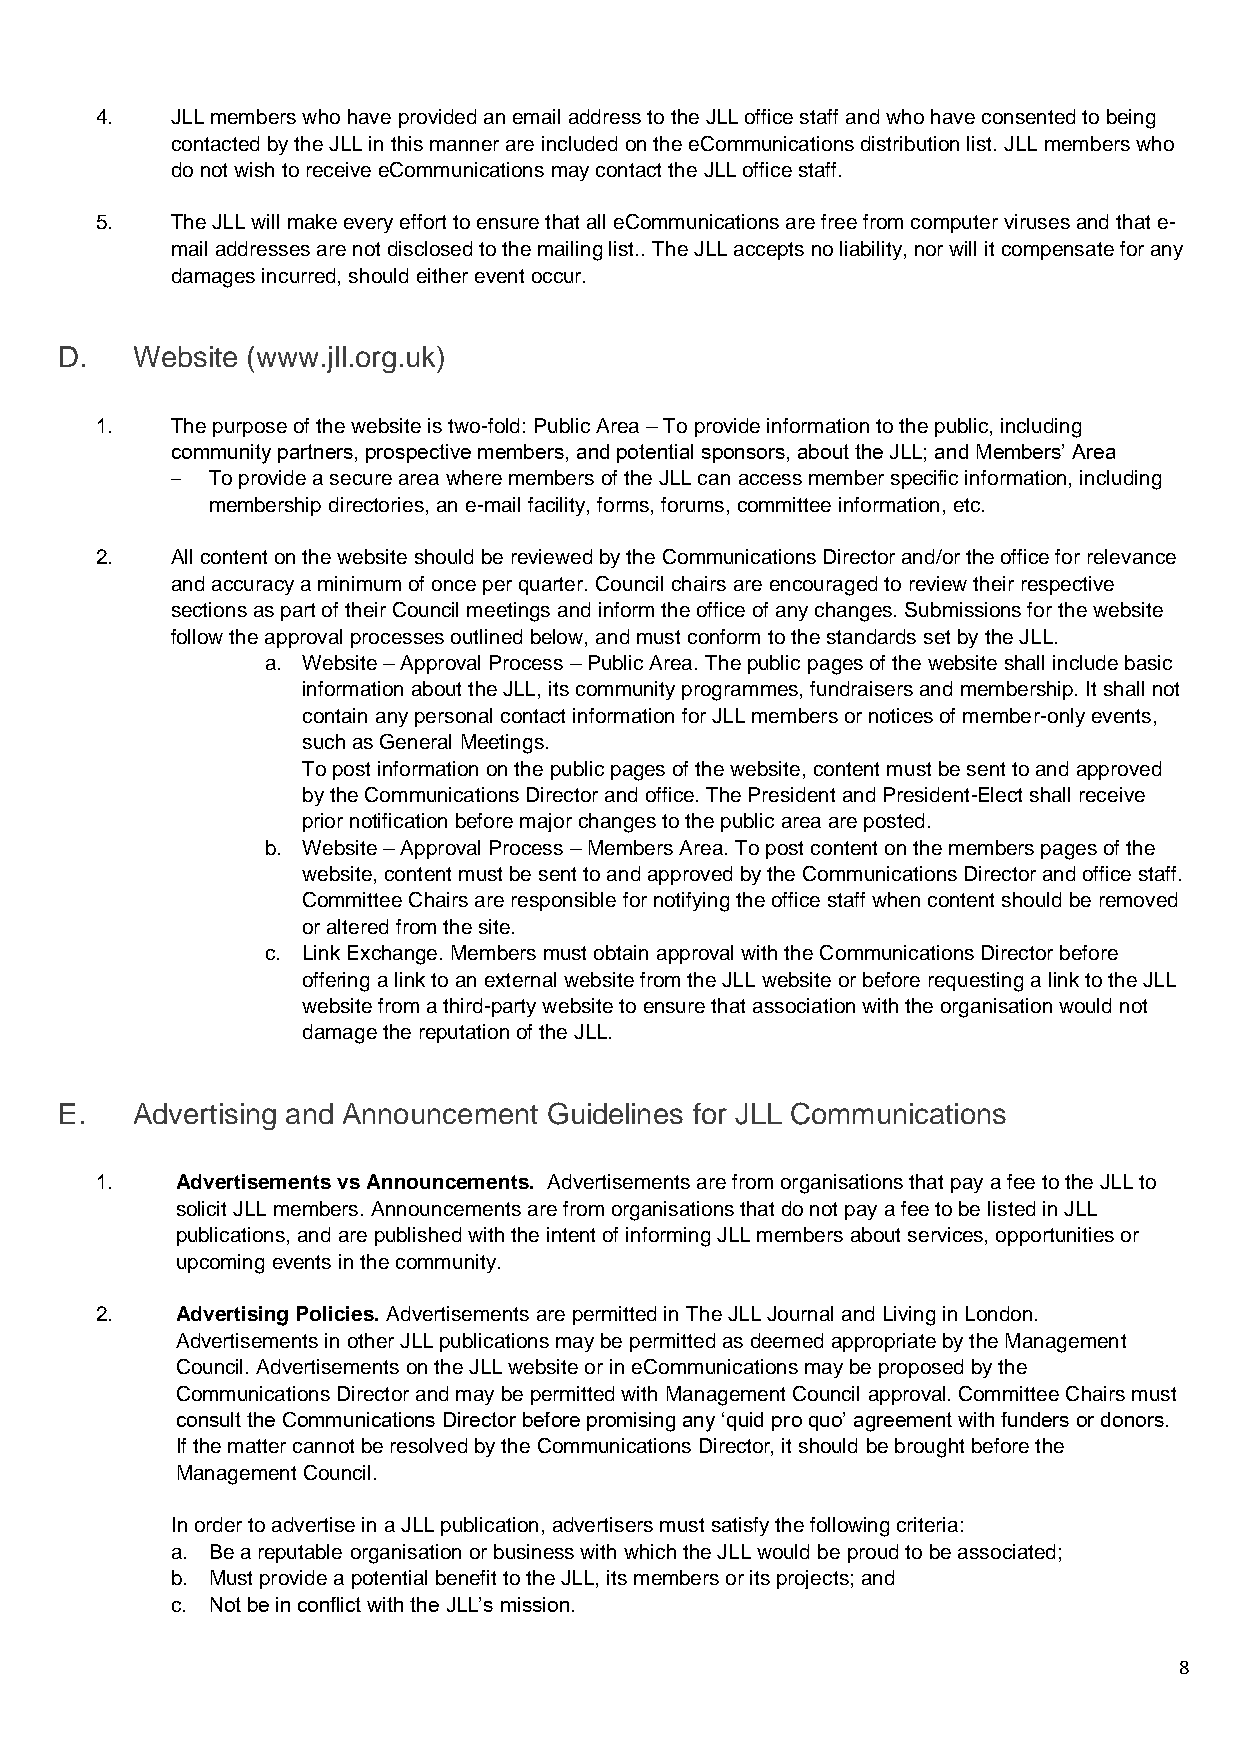
4.   JLL members who have provided an email address to the JLL office staff and who have consented to being
 contacted by the JLL in this manner are included on the eCommunications distribution list. JLL members who
 do not wish to receive eCommunications may contact the JLL office staff.
 5.   The JLL will make every effort to ensure that all eCommunications are free from computer viruses and that e-
 mail addresses are not disclosed to the mailing list.. The JLL accepts no liability, nor will it compensate for any
 damages incurred, should either event occur.
 D.   Website (www.jll.org.uk)
 1.   The purpose of the website is two-fold: Public Area – To provide information to the public, including
 community partners, prospective members, and potential sponsors, about the JLL; and Members’ Area
 –  To provide a secure area where members of the JLL can access member specific information, including
 membership directories, an e-mail facility, forms, forums, committee information, etc.
 2.   All content on the website should be reviewed by the Communications Director and/or the office for relevance
 and accuracy a minimum of once per quarter. Council chairs are encouraged to review their respective
 sections as part of their Council meetings and inform the office of any changes. Submissions for the website
 follow the approval processes outlined below, and must conform to the standards set by the JLL.
 a. Website – Approval Process – Public Area. The public pages of the website shall include basic
 information about the JLL, its community programmes, fundraisers and membership. It shall not
 contain any personal contact information for JLL members or notices of member-only events,
 such as General Meetings.
 To post information on the public pages of the website, content must be sent to and approved
 by the Communications Director and office. The President and President-Elect shall receive
 prior notification before major changes to the public area are posted.
 b. Website – Approval Process – Members Area. To post content on the members pages of the
 website, content must be sent to and approved by the Communications Director and office staff.
 Committee Chairs are responsible for notifying the office staff when content should be removed
 or altered from the site.
 c. Link Exchange. Members must obtain approval with the Communications Director before
 offering a link to an external website from the JLL website or before requesting a link to the JLL
 website from a third-party website to ensure that association with the organisation would not
 damage the reputation of the JLL.
 E.   Advertising and Announcement Guidelines for JLL Communications
 1.    Advertisements vs Announcements. Advertisements are from organisations that pay a fee to the JLL to
 solicit JLL members. Announcements are from organisations that do not pay a fee to be listed in JLL
 publications, and are published with the intent of informing JLL members about services, opportunities or
 upcoming events in the community.
 2.    Advertising Policies. Advertisements are permitted in The JLL Journal and Living in London.
 Advertisements in other JLL publications may be permitted as deemed appropriate by the Management
 Council. Advertisements on the JLL website or in eCommunications may be proposed by the
 Communications Director and may be permitted with Management Council approval. Committee Chairs must
 consult the Communications Director before promising any ‘quid pro quo’ agreement with funders or donors.
 If the matter cannot be resolved by the Communications Director, it should be brought before the
 Management Council.
 In order to advertise in a JLL publication, advertisers must satisfy the following criteria:
 a. Be a reputable organisation or business with which the JLL would be proud to be associated;
 b. Must provide a potential benefit to the JLL, its members or its projects; and
 c. Not be in conflict with the JLL’s mission.
 8